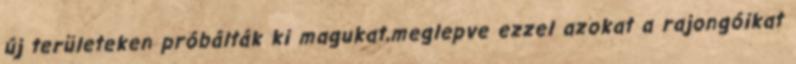
új területeken próbálták ki magukat,meglepve ezzel azokat a rajongóikat